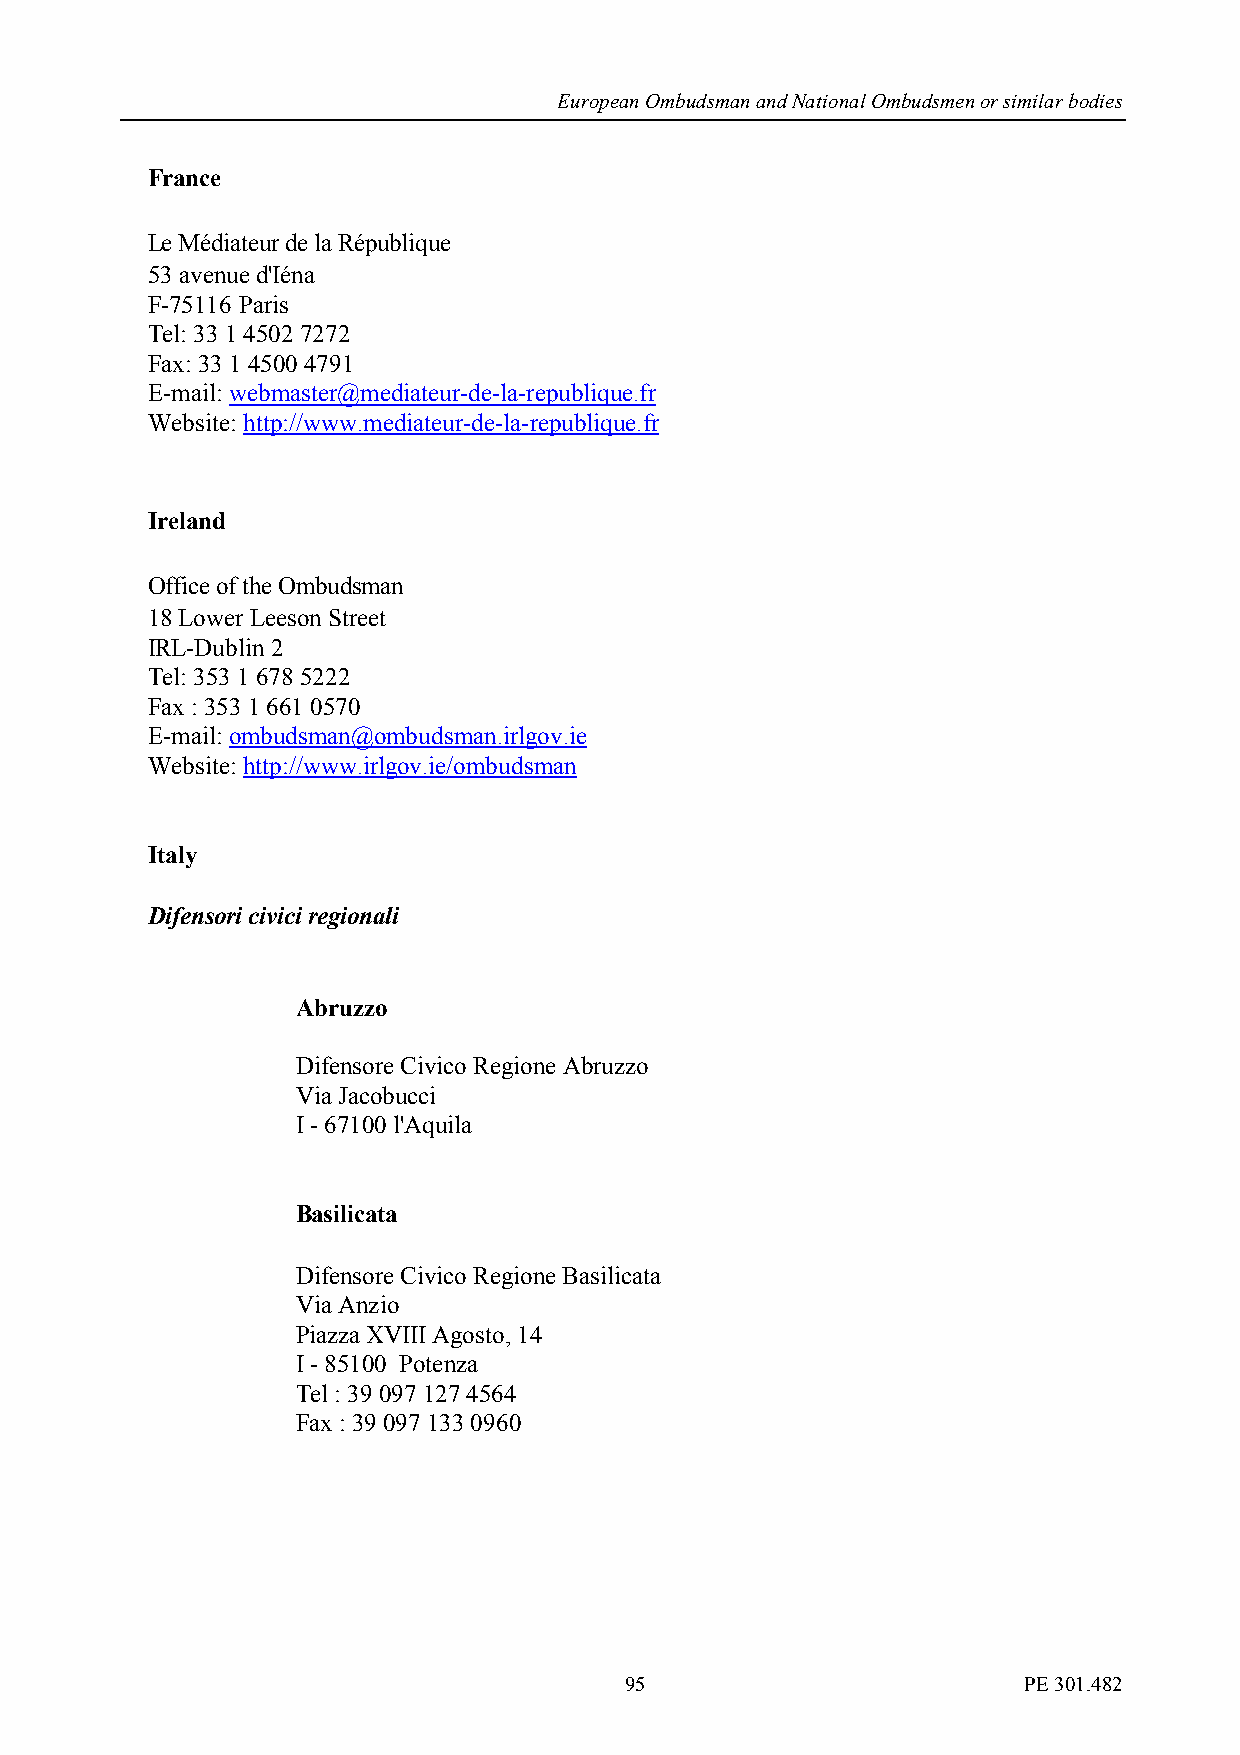
European Ombudsman and National Ombudsmen or similar bodies
 France
 Le Médiateur de la République
 53 avenue d'Iéna
 F-75116 Paris
 Tel: 33 1 4502 7272
 Fax: 33 1 4500 4791
 E-mail: webmaster@mediateur-de-la-republique.fr
 Website: http://www.mediateur-de-la-republique.fr
 Ireland
 Office of the Ombudsman
 18 Lower Leeson Street
 IRL-Dublin 2
 Tel: 353 1 678 5222
 Fax : 353 1 661 0570
 E-mail: ombudsman@ombudsman.irlgov.ie
 Website: http://www.irlgov.ie/ombudsman
 Italy
 Difensori civici regionali
 Abruzzo
 Difensore Civico Regione Abruzzo
 Via Jacobucci
 I - 67100 l'Aquila
 Basilicata
 Difensore Civico Regione Basilicata
 Via Anzio
 Piazza XVIII Agosto, 14
 I - 85100 Potenza
 Tel : 39 097 127 4564
 Fax : 39 097 133 0960
 95                         PE 301.482